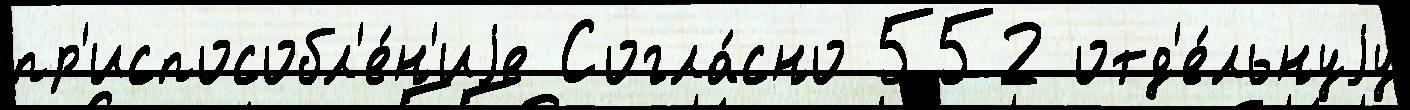
пр'испособл'е́н'иjе Согла́сно 552 отд'е́льнуjу